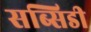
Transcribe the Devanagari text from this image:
सब्सिडी